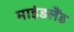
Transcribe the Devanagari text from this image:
माइंडलैंड